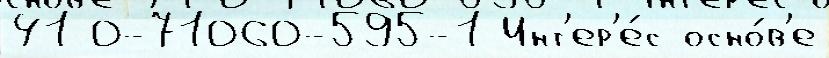
41 0-71060-595-1 Инт'ер'е́с осно́в'е